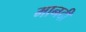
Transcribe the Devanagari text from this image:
मानदी